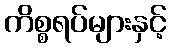
ကိစ္စရပ်များနှင့်